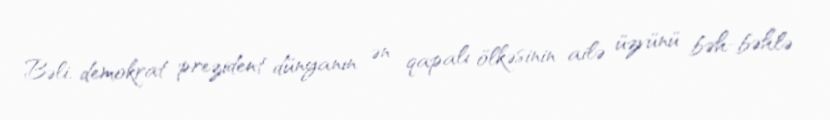
Bəli, demokrat prezident dünyanın ən qapalı ölkəsinin ailə üzvünü bəh-bəhlə